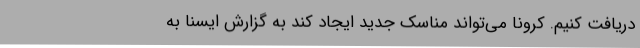
دریافت کنیم. کرونا می‌تواند مناسک جدید ایجاد کند به گزارش ایسنا به